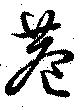
巷